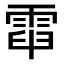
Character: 𩃡